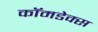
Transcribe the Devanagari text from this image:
कॉमडेक्स